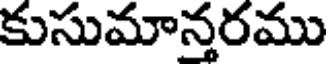
కుసుమాన్తరము